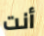
أنت